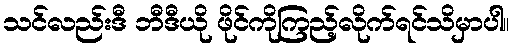
သင်လည်းဒီ ဘီဒီယို ဖိုင်ကိုကြည့်လိုက်ရင်သိမှာပါ။